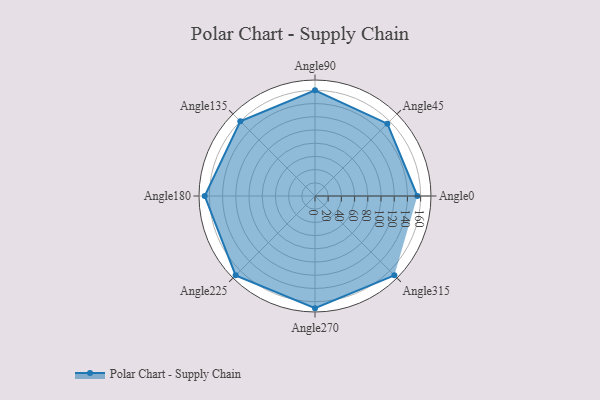
{"axis": {"x": "Angle", "y": "Radius"}, "legend": [""], "data": [{"x": "Angle0", "y": 155.0, "type": ""}, {"x": "Angle45", "y": 155.0, "type": ""}, {"x": "Angle90", "y": 160.0, "type": ""}, {"x": "Angle135", "y": 160.0, "type": ""}, {"x": "Angle180", "y": 167.0, "type": ""}, {"x": "Angle225", "y": 170, "type": ""}, {"x": "Angle270", "y": 170, "type": ""}, {"x": "Angle315", "y": 170, "type": ""}]}